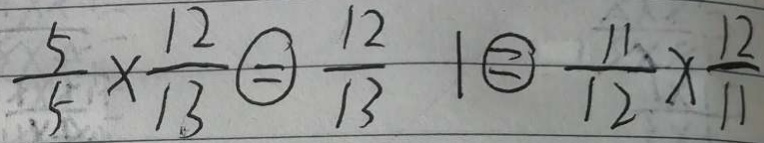
\frac { 5 } { 5 } \times \frac { 1 2 } { 1 3 } = \frac { 1 2 } { 1 3 } 1 = \frac { 1 1 } { 1 2 } \times \frac { 1 2 } { 1 1 }